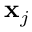
\mathbf { x } _ { j }